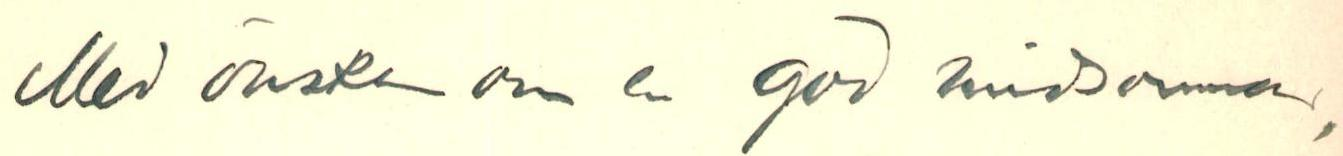
Med önskan om en god midsommar,